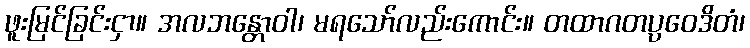
ဖူးမြင်ခြင်းငှာ။ အလဘန္တောဝါ၊ မရသော်လည်းကောင်း။ တထာဂတပ္ပဝေဒိတံ၊